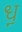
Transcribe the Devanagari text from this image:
ध़॒